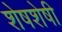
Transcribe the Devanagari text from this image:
शेषशेषी